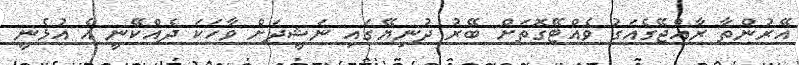
އޭރުންތާ ރާއްޖޭގެއަގު ވެއްޓޭގޮތަށް ބޭރު ދުނިޔޭގައި ނަޝީދަށް ވާހަކަ ދެއްކޭނީ އެ އުޅެނީ